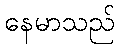
နေမာသည်